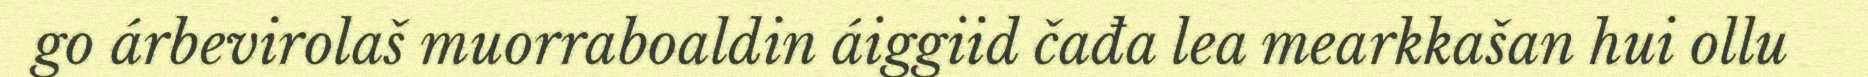
go árbevirolaš muorraboaldin áiggiid čađa lea mearkkašan hui ollu